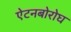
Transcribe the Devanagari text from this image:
ऐटनबोरोघ